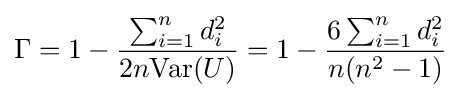
\Gamma =1-{\frac {\sum _{i=1}^{n}d_{i}^{2}}{2n\mathrm {Var} (U)}}=1-{\frac {6\sum _{i=1}^{n}d_{i}^{2}}{n(n^{2}-1)}}